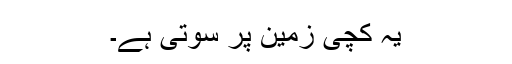
یہ کچی زمین پر سوتی ہے۔